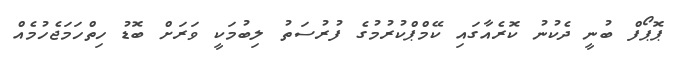
ޕޮޕޯފް ބުނީ ދެކުނު ކޮރެއާގައި ކޭމްޕްކުރުމުގެ ފުރުސަތު ލިބުމަކީ ވަރަށް ބޮޑު ހިތްހަމަޖެހުމެއް